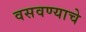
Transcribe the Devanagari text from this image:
वसवण्याचे